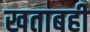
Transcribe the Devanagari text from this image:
खताबही